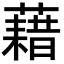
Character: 藉